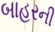
બાહરની